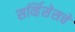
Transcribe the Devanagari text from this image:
सर्व्हिसेसचे